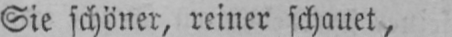
Sie schöner, reiner schauet,